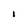
Character: I